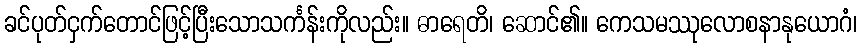
ခင်ပုတ်ငှက်တောင်ဖြင့်ပြီးသောသင်္ကန်းကိုလည်း။ ဓာရေတိ၊ ဆောင်၏။ ကေသမဿုလောစနာနုယောဂံ၊